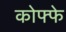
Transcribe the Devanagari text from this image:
कोफ्फे